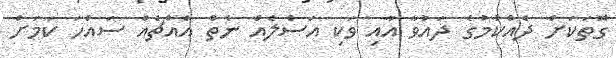
ގޮތަކަށް ދެއްކުމުގެ ދައުވާ އާއި ވަކި އަސްލެއް ނެތް އެއްޗެއް ސައްހަ ކަމަށް